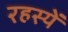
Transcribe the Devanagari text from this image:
रहस्यें